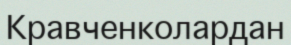
Кравченколардан